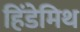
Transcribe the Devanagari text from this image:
हिंडेमिथ